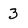
Character: 3